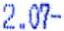
2.07-